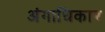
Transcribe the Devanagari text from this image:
अंगाधिकार